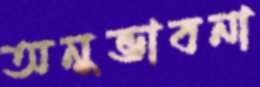
অনুভাবনা